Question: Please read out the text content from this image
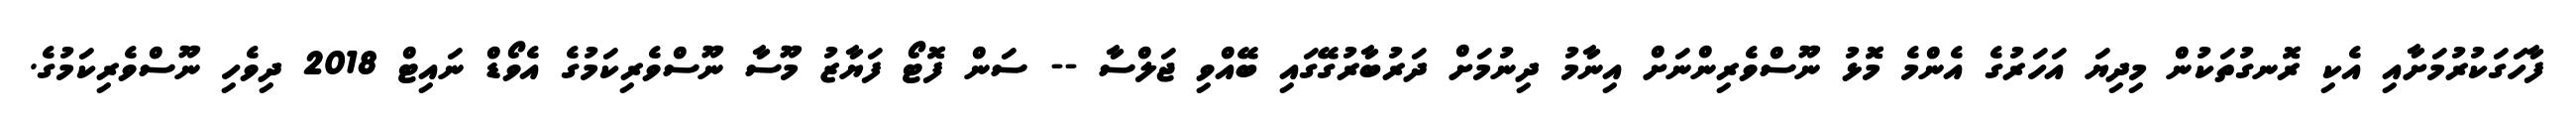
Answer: ފާހަގަކުރުމަށާއި އެކި ރޮނގުތަކުން މިދިޔަ އަހަރުގެ އެންމެ މޮޅު ނޫސްވެރިންނަށް އިނާމު ދިނުމަށް ދަރުބާރުގޭގައި ބޭއްވި ޖަލްސާ -- ސަން ފޮޓޯ ފަޔާޒު މޫސާ ނޫސްވެރިކަމުގެ އެވޯޑް ނައިޓް 2018 ދިވެހި ނޫސްވެރިކަމުގެ.